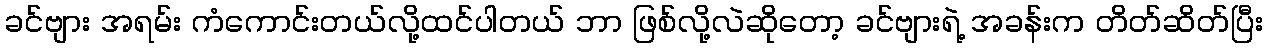
ခင်ဗျား အရမ်း ကံကောင်းတယ်လို့ထင်ပါတယ် ဘာ ဖြစ်လို့လဲဆိုတော့ ခင်ဗျားရဲ့ အခန်းက တိတ်ဆိတ်ပြီး